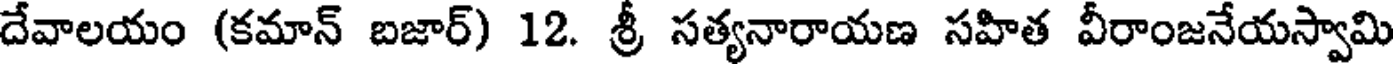
దేవాలయం (కమాన్ బజార్) 12. శ్రీ సత్యనారాయణ సహిత వీరాంజనేయస్వామి